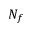
N _ { f }